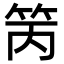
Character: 䇤